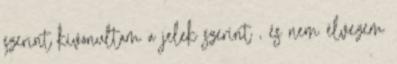
szerint kivonultam a jelek szerint , és nem élvezem